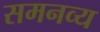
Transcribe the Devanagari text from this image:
समनव्य